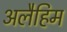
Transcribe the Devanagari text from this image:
अलैहिम